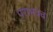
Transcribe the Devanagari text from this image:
पराभवच